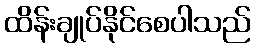
ထိန်းချုပ်နိုင်စေပါသည်